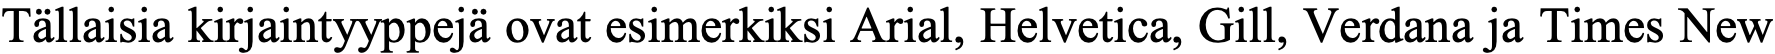
Tällaisia kirjaintyyppejä ovat esimerkiksi Arial, Helvetica, Gill, Verdana ja Times New